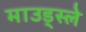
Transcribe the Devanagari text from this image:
माउड्स्ले